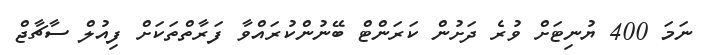
ނަމަ 400 ޔުނިޓަށް ވުރެ ދަށުން ކަރަންޓް ބޭނުންކުރައްވާ ފަރާތްތަކަށް ފިއުލް ސާޗާޖް